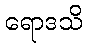
ရောဒသိ